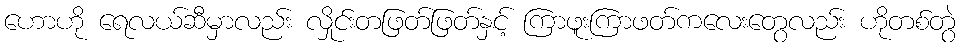
ဟောဟို ရေလယ်ဆီမှာလည်း လှိုင်းတဖြတ်ဖြတ်နှင့် ကြာဖူးကြာဖတ်ကလေးတွေလည်း ဟိုတစ်တွဲ